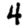
Digit: 4